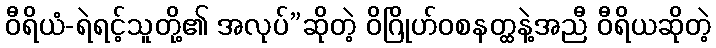
ဝီရိယံ-ရဲရင့်သူတို့၏ အလုပ်”ဆိုတဲ့ ဝိဂြိုဟ်ဝစနတ္ထနဲ့အညီ ဝီရိယဆိုတဲ့